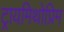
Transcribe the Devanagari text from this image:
ट्रायमिथोप्रिम